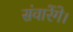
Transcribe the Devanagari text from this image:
संवारेंगे।